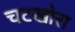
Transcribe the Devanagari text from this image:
चटखोरा